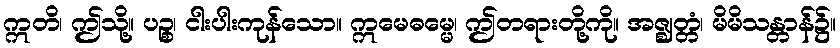
ဣတိ၊ ဤသို့။ ပဉ္စ၊ ငါးပါးကုန်သော။ ဣမေဓမ္မေ၊ ဤတရားတို့ကို။ အဇ္ဈတ္တံ၊ မိမိသန္တာန်၌။